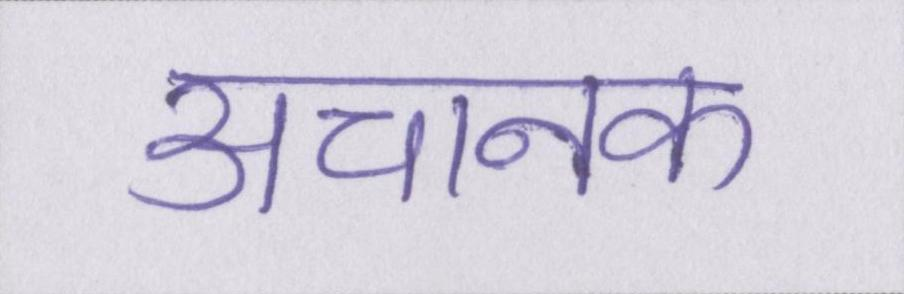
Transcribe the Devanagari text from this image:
अचानक